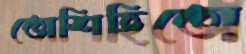
তোশিহিতো